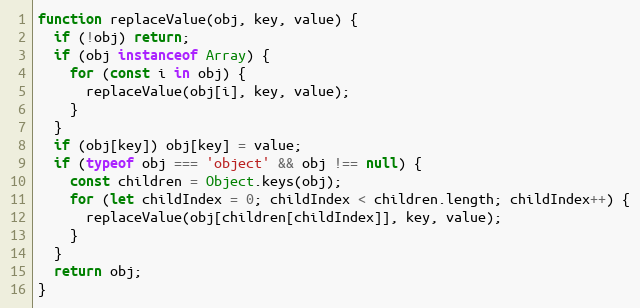
Language: JavaScript
function replaceValue(obj, key, value) {
  if (!obj) return;
  if (obj instanceof Array) {
    for (const i in obj) {
      replaceValue(obj[i], key, value);
    }
  }
  if (obj[key]) obj[key] = value;
  if (typeof obj === 'object' && obj !== null) {
    const children = Object.keys(obj);
    for (let childIndex = 0; childIndex < children.length; childIndex++) {
      replaceValue(obj[children[childIndex]], key, value);
    }
  }
  return obj;
}